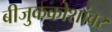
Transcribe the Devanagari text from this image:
बीजुककोशांवर